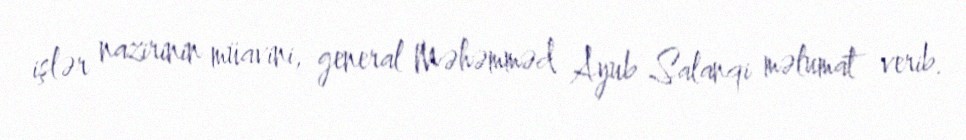
işlər nazirinin müavini, general Məhəmməd Ayub Salanqi məlumat verib.